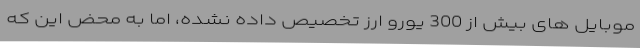
موبایل های بیش از 300 یورو ارز تخصیص داده نشده، اما به محض این که